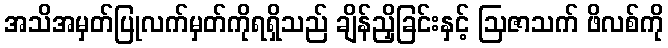
အသိအမှတ်ပြုလက်မှတ်ကိုရရှိသည် ချိန်ညှိခြင်းနှင့် ဩဇာသက် ဖိလစ်ကို